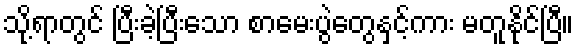
သို့ရာတွင် ပြီးခဲ့ပြီးသော စာမေးပွဲတွေနှင့်ကား မတူနိုင်ပြီ။